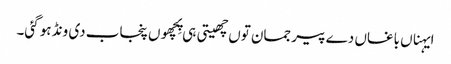
ایہناں باغاں دے پیر جمان توں چھیتی ہی پِچھوں پنجاب دی ونڈ ہو گئی۔